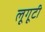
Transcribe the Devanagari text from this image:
लूगूटी